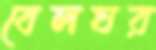
বেলঘর